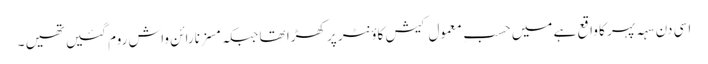
اسی دن سہہ پہر کا واقع ہے میں حسبِ معمول کیش کاؤنٹر پر کھڑا تھا جبکہ مسز نارائن واش روم گئیں تھیں ۔